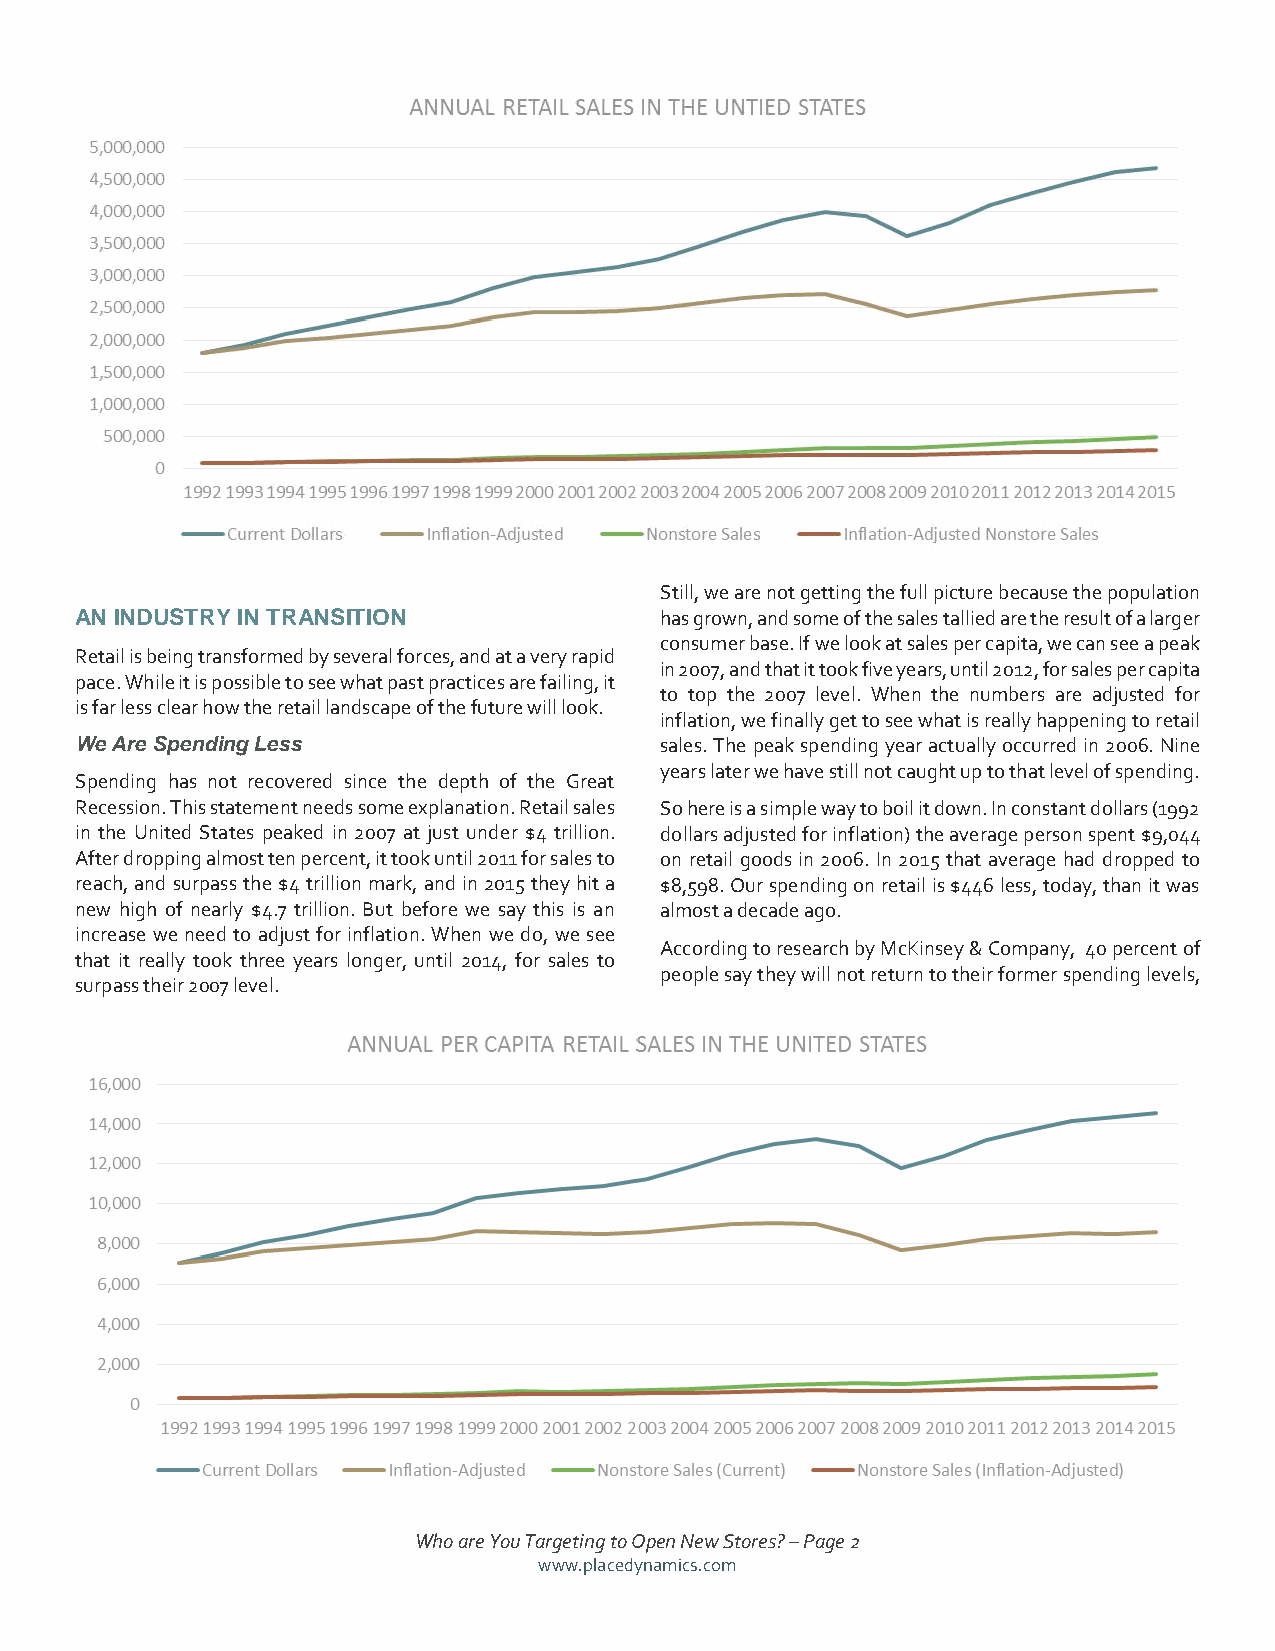
Still, we are not getting the full picture because the population
 AN INDUSTRY IN TRANSITION              has grown, and some of the sales tallied are the result of a larger
 consumer base. If we look at sales per capita, we can see a peak
 Retail is being transformed by several forces, and at a very rapid
 in 2007, and that it took five years, until 2012, for sales per capita
 pace. While it is possible to see what past practices are failing, it
 to top the 2007 level. When the numbers are adjusted for
 is far less clear how the retail landscape of the future will look.
 inflation, we finally get to see what is really happening to retail
 We Are Spending Less                   sales. The peak spending year actually occurred in 2006. Nine
 years later we have still not caught up to that level of spending.
 Spending has not recovered since the depth of the Great
 Recession. This statement needs some explanation. Retail sales So here is a simple way to boil it down. In constant dollars (1992
 in the United States peaked in 2007 at just under $4 trillion. dollars adjusted for inflation) the average person spent $9,044
 After dropping almost ten percent, it took until 2011 for sales to on retail goods in 2006. In 2015 that average had dropped to
 reach, and surpass the $4 trillion mark, and in 2015 they hit a $8,598. Our spending on retail is $446 less, today, than it was
 new high of nearly $4.7 trillion. But before we say this is an almost a decade ago.
 increase we need to adjust for inflation. When we do, we see
 According to research by McKinsey & Company, 40 percent of
 that it really took three years longer, until 2014, for sales to
 people say they will not return to their former spending levels,
 surpass their 2007 level.
 Who are You Targeting to Open New Stores? – Page 2
 www.placedynamics.com